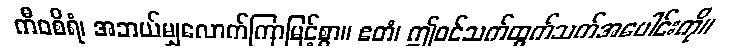
ကီဝစိရံ၊ အဘယ်မျှလောက်ကြာမြင့်စွာ။ ဧတံ၊ ဤဝင်သက်ထွက်သက်အပေါင်းကို။